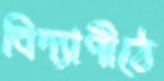
বিদ্যাপীঠে